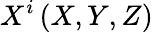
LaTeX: X^{i}\left(X,Y,Z\right)